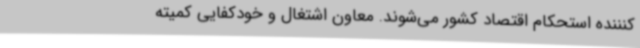
کنننده استحکام اقتصاد کشور می‌شوند. معاون اشتغال و خودکفایی کمیته